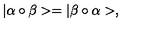
| \alpha \circ \beta > = | \beta \circ \alpha > ,